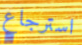
استرجاع